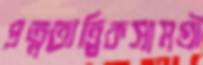
প্রত্নতাত্ত্বিকসামগ্রী